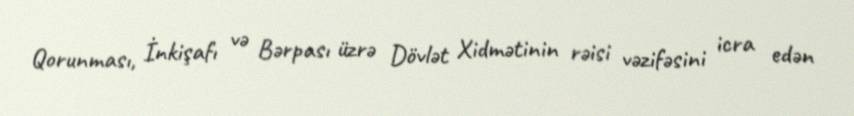
Qorunması, İnkişafı və Bərpası üzrə Dövlət Xidmətinin rəisi vəzifəsini icra edən